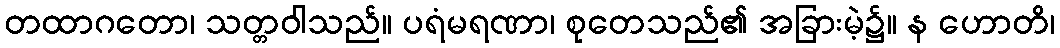
တထာဂတော၊ သတ္တဝါသည်။ ပရံမရဏာ၊ စုတေသည်၏ အခြားမဲ့၌။ န ဟောတိ၊